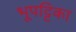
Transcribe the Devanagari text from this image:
भूपट्टिका